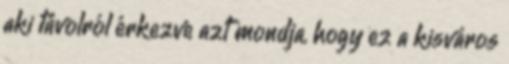
aki távolról érkezve azt mondja, hogy ez a kisváros